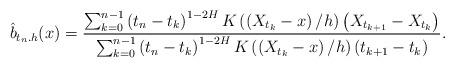
LaTeX: \begin{align*}\hat{b}_{t_{n} . h}(x)=\frac{\sum_{k=0}^{n-1}\left(t_{n}-t_{k}\right)^{1-2 H} K\left(\left(X_{t_{k}}-x\right) / h\right)\left(X_{t_{k+1}}-X_{t_{k}}\right)}{\sum_{k=0}^{n-1}\left(t_{n}-t_{k}\right)^{1-2 H} K\left(\left(X_{t_{k}}-x\right) / h\right)\left(t_{k+1}-t_{k}\right)}.\end{align*}